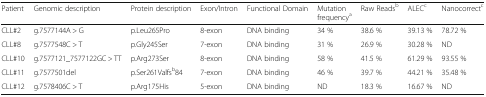
| Patient | Genomic description | Protein description | Exon/Intron | Functional Domain | Mutation frequencya | Raw Readsb | ALECc | Nanocorrectc |
 | --- | --- | --- | --- | --- | --- | --- | --- | --- |
 | CLL#2 | g.7577144A > G | p.Leu265Pro | 8-exon | DNA binding | 34 % | 38.6 % | 39.13 % | 78.72 % |
 | CLL#8 | g.7577548C > T | p.Gly245Ser | 7-exon | DNA binding | 31 % | 26.9 % | 30.28 % | ND |
 | CLL#10 | g.7577121_7577122GC > TT | p.Arg273Ser | 8-exon | DNA binding | 58 % | 41.5 % | 61.29 % | 93.55 % |
 | CLL#11 | g.7577501del | p.Ser261Valfsb84 | 7-exon | DNA binding | 46 % | 39.7 % | 44.21 % | 35.48 % |
 | CLL#12 | g.7578406C > T | p.Arg175His | 5-exon | DNA binding | ND | 18.3 % | 16.67 % | ND |